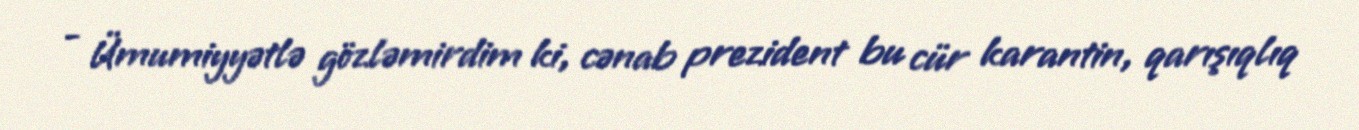
- Ümumiyyətlə gözləmirdim ki, cənab prezident bu cür karantin, qarışıqlıq